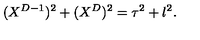
( X ^ { D - 1 } ) ^ { 2 } + ( X ^ { D } ) ^ { 2 } = \tau ^ { 2 } + l ^ { 2 } .